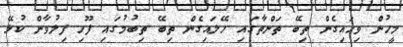
މީހުން ވިހައިގެން ތިބޭ ތަންތާގައި ހޭލައިގެން ތިބޭ ތިބުމުގައި ފޫހި ފިލުވާން ކުޅޭ